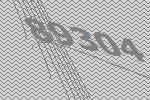
89304